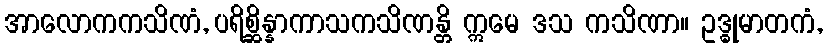
အာလောကကသိဏံ, ပရိစ္ဆိန္နာကာသကသိဏန္တိ ဣမေ ဒသ ကသိဏာ။ ဥဒ္ဓုမာတကံ,